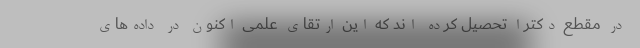
در مقطع دکترا تحصیل کرده اند که این ارتقای علمی اکنون در داده‌های